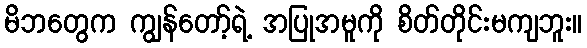
မိဘတွေက ကျွန်တော့်ရဲ့ အပြုအမူကို စိတ်တိုင်းမကျဘူး။